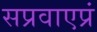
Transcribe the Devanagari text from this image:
सप्रवाएप्रं